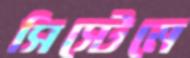
সিস্টেমে